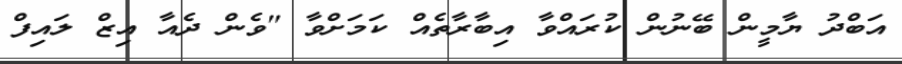
އަބްދު ޔާމީން ބޭނުން ކުރައްވާ އިބާރާތެއް ކަމަށްވާ "ވެން ދެއާ އިޒް ލައިފް